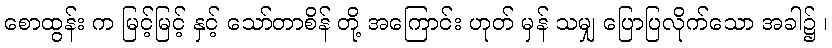
စောထွန်း က မြင့်မြင့် နှင့် သော်တာစိန် တို့ အကြောင်း ဟုတ် မှန် သမျှ ပြောပြလိုက်သော အခါ၌ ၊